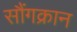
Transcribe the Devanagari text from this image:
सौंगक्रान